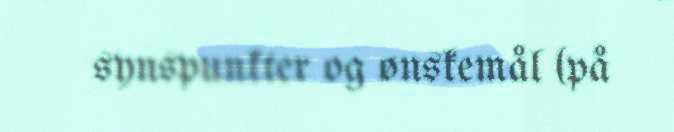
synspunkter og ønskemål (på